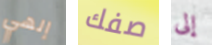
إلهي صفك إلى